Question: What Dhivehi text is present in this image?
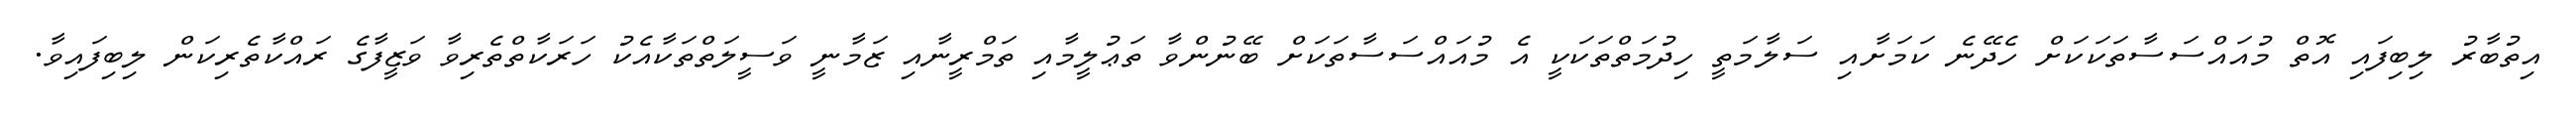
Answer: އިތުބާރު ލިބިފައި އޮތް މުއައްސަސާތަކަކަށް ހެދޭނެ ކަމަށާއި ސަލާމަތީ ހިދުމަތްތަކަކީ އެ މުއައްސަސާތަކަށް ބޭނުންވާ ތަޢުލީމާއި ތަމްރީނާއި ޒަމާނީ ވަސީލަތްތަކާއެކު ހަރަކާތްތެރިވާ ވަޒީފާގެ ރައްކާތެރިކަން ލިބިފައިވާ.